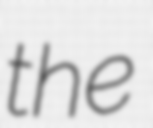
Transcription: the